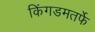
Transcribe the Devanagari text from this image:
किंगडमतर्फे